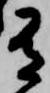
有